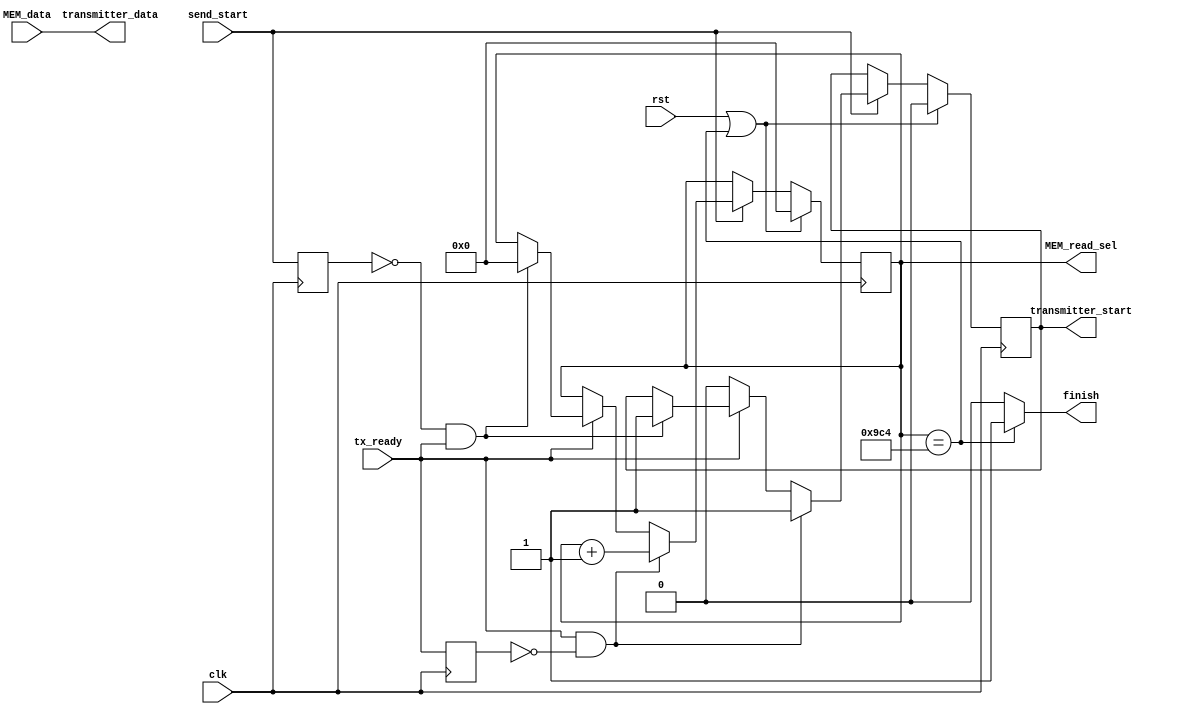
module Data_send(
	input clk,
	input rst,
	input send_start,						// Start to send data after this bit is set to 1
	input tx_ready,						// Send one byte of data after tx_ready
	input [7:0] MEM_data,
	output reg [13:0] MEM_read_sel,
	output [7:0] transmitter_data,
	output reg transmitter_start,
	output finish
   );
	
	parameter NUM_DATA = 2500;		//changed from 10 to 2500
	
	reg prev_tx_ready;
	reg prev_send_start;
	
	assign transmitter_data = MEM_data;
	assign finish = (MEM_read_sel == NUM_DATA)? 1'b1 : 1'b0;
	
always@(posedge clk)
	begin
	prev_tx_ready <= tx_ready;
	prev_send_start <= send_start;
	
	if(rst || MEM_read_sel == NUM_DATA)
		begin
		MEM_read_sel <= 14'd0;
		transmitter_start <= 1'b0;
		end
	else if(send_start)
		begin
		if(!prev_send_start && tx_ready)
			begin
			MEM_read_sel <= 14'd0;
			transmitter_start <= 1'b1;
			end
		if(tx_ready && prev_tx_ready == 0)					// Send one byte of data on posedge of tx_ready
			begin
			MEM_read_sel <= MEM_read_sel + 1'b1;
			transmitter_start <= 1'b1;
			end
		else if(!tx_ready)										// Clear the start bit after the transmission is start
			begin
			MEM_read_sel <= MEM_read_sel;
			transmitter_start <= 1'b0;
			end
		end
	end

endmodule